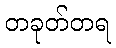
တခုတ်တရ